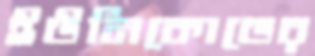
ইউনিকোডের